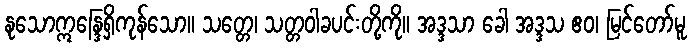
နုသောဣန္ဒြေရှိကုန်သော။ သတ္တေ၊ သတ္တဝါခပင်းတို့ကို။ အဒ္ဒသာ ခေါ အဒ္ဒသ ဧဝ၊ မြင်တော်မူ